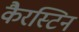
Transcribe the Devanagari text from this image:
कैरस्टिन